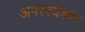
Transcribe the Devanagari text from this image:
अगस्त्येश्वर